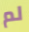
لم